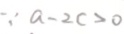
\because a - 2 c > 0